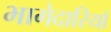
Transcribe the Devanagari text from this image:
भागेदारियाँ